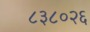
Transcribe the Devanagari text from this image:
८३८०२६